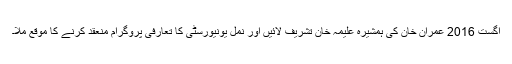
اگست 2016 عمران خان کی ہمشیرہ علیمہ خان تشریف لائیں اور نمل یونیورسٹی کا تعارفی پروگرام منعقد کرنے کا موقع ملا۔